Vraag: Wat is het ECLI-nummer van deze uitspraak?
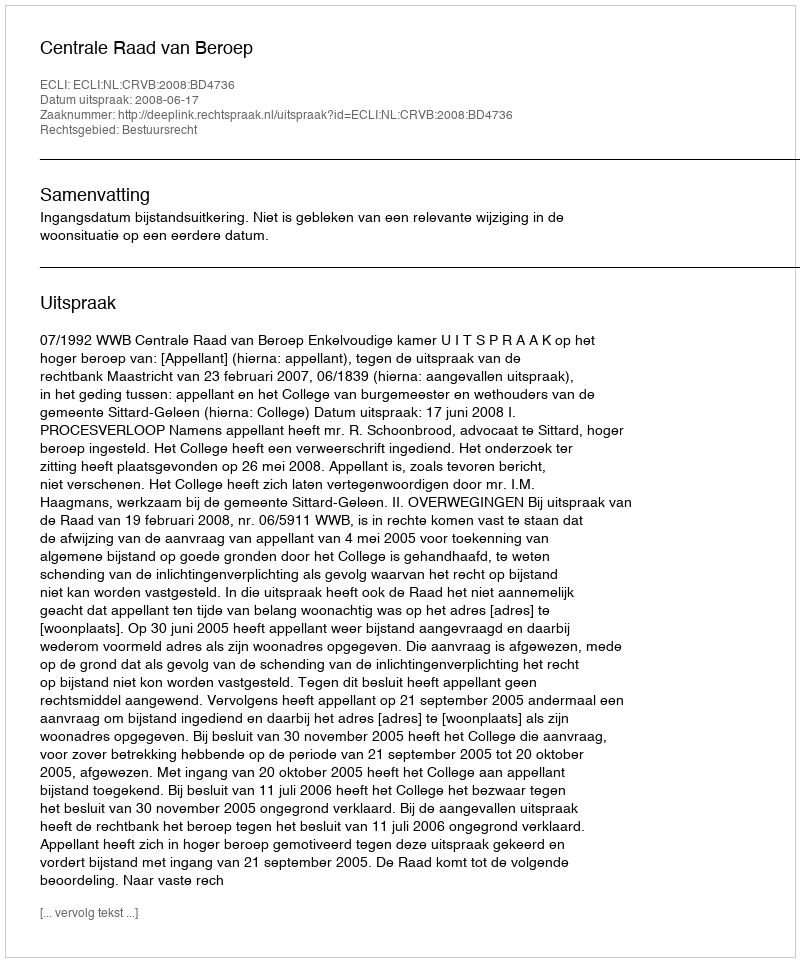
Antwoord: ECLI:NL:CRVB:2008:BD4736